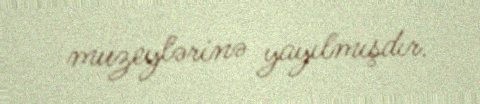
muzeylərinə yayılmışdır.